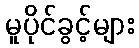
မူပိုင်ခွင့်များ